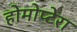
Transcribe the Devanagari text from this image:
होमोप्टेरा